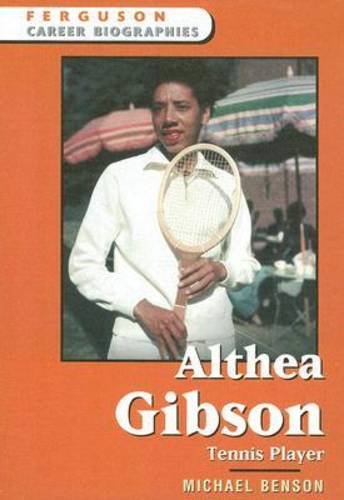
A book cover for Althea Gibson: Tennis Player (Ferguson Career Biographies); Michael Benson; Children's Books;